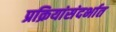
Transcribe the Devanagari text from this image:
प्रक्रियांसंदर्भात